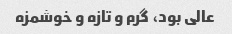
عالی بود، گرم و تازه و خوشمزه